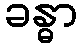
ခန္ဓာ